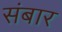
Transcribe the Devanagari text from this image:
संबार